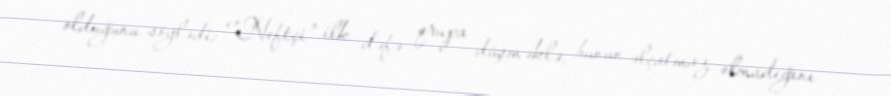
olduğunu söylədi: “”Neftçi" ilk dəfə qrupa düşməklə, bunun əlçatmaz olmadığını